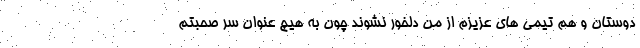
دوستان و هم تیمی های عزیزم از من دلخور نشوند چون به هیچ عنوان سر صحبتم